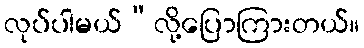
လုပ်ပါမယ်”လို့ပြောကြားတယ်။